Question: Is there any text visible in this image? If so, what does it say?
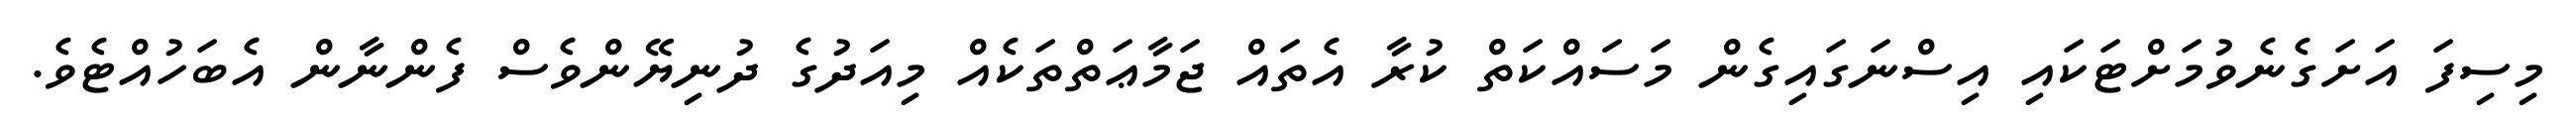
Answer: މިސިފަ އަށަގެނެވުމަށްޓަކައި އިސްނަގައިގެން މަސައްކަތް ކުރާ އެތައް ޖަމާޢަތްތަކެއް މިއަދުގެ ދުނިޔޭންވެސް ފެންނާން އެބަހުއްޓެވެ.